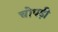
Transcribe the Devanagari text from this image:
चोपड़ी